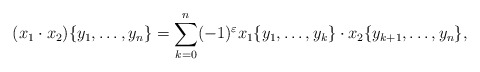
\begin{align*}(x_1 \cdot x_2) \{ y_1, \dots, y_n\} = \sum_{k=0}^n (-1)^\varepsilon x_1 \{y_1, \dots, y_k\} \cdot x_2 \{ y_{k+1}, \dots, y_n\},\end{align*}